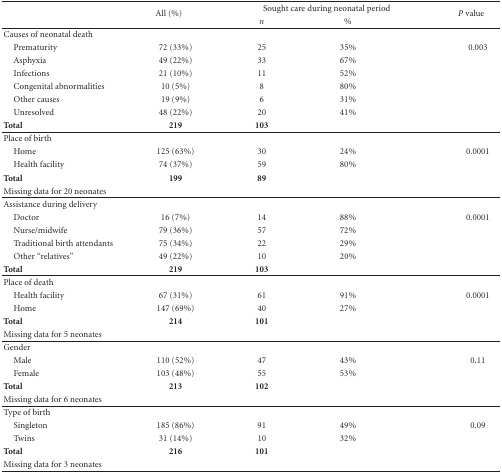
|  | <ROWSPAN=2> All (%) | <COLSPAN=2> Sought care during neonatal period | <ROWSPAN=2> P value |
 |  | n | % |
 | --- | --- | --- | --- | --- |
 | Causes of neonatal death |  |  |  |  |
 | Prematurity | 72 (33%) | 25 | 35% | 0.003 |
 | Asphyxia | 49 (22%) | 33 | 67% |  |
 | Infections | 21 (10%) | 11 | 52% |  |
 | Congenital abnormalities | 10 (5%) | 8 | 80% |  |
 | Other causes | 19 (9%) | 6 | 31% |  |
 | Unresolved | 48 (22%) | 20 | 41% |  |
 | Total | 219 | 103 |  |  |
 | Place of birth |  |  |  |  |
 | Home | 125 (63%) | 30 | 24% | 0.0001 |
 | Health facility | 74 (37%) | 59 | 80% |  |
 | Total | 199 | 89 |  |  |
 | Missing data for 20 neonates |  |  |  |  |
 | Assistance during delivery |  |  |  |  |
 | Doctor | 16 (7%) | 14 | 88% | 0.0001 |
 | Nurse/midwife | 79 (36%) | 57 | 72% |  |
 | Traditional birth attendants | 75 (34%) | 22 | 29% |  |
 | Other “relatives” | 49 (22%) | 10 | 20% |  |
 | Total | 219 | 103 |  |  |
 | Place of death |  |  |  |  |
 | Health facility | 67 (31%) | 61 | 91% | 0.0001 |
 | Home | 147 (69%) | 40 | 27% |  |
 | Total | 214 | 101 |  |  |
 | Missing data for 5 neonates |  |  |  |  |
 | Gender |  |  |  |  |
 | Male | 110 (52%) | 47 | 43% | 0.11 |
 | Female | 103 (48%) | 55 | 53% |  |
 | Total | 213 | 102 |  |  |
 | Missing data for 6 neonates |  |  |  |  |
 | Type of birth |  |  |  |  |
 | Singleton | 185 (86%) | 91 | 49% | 0.09 |
 | Twins | 31 (14%) | 10 | 32% |  |
 | Total | 216 | 101 |  |  |
 | Missing data for 3 neonates |  |  |  |  |